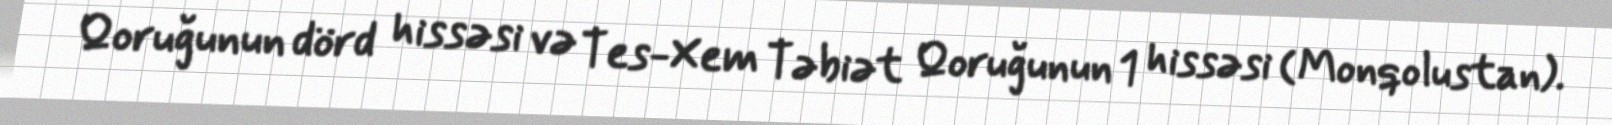
Qoruğunun dörd hissəsi və Tes-Xem Təbiət Qoruğunun 1 hissəsi (Monqolustan).